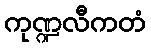
ကုဏ္ဍလီကတံ